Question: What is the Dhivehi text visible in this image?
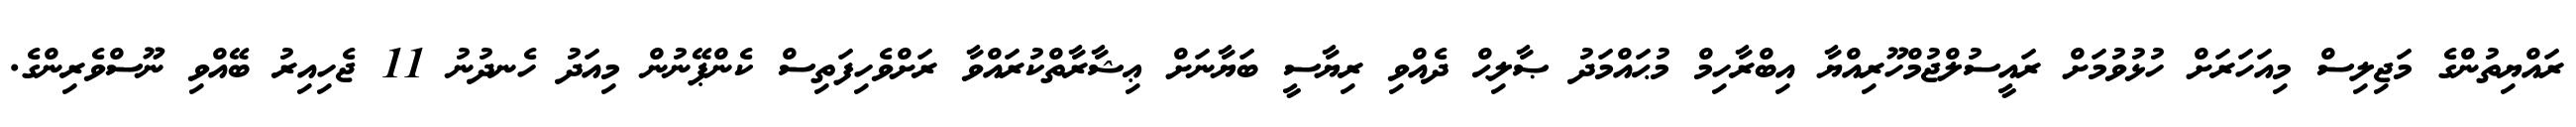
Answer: ރައްޔިތުންގެ މަޖިލިސް މިއަހަރަށް ހުޅުވުމަށް ރައީސުލްޖުމްހޫރިއްޔާ އިބްރާހިމް މުޙައްމަދު ޞާލިޙް ދެއްވި ރިޔާސީ ބަޔާނަށް ޢިޝާރާތްކުރައްވާ ރަށްވެހިފަތިސް ކެންޕޭނުން މިއަދު ހެނދުނު 11 ޖެހިއިރު ބޭއްވި ނޫސްވެރިންގެ.